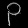
Digit: ၃